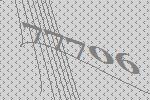
77706